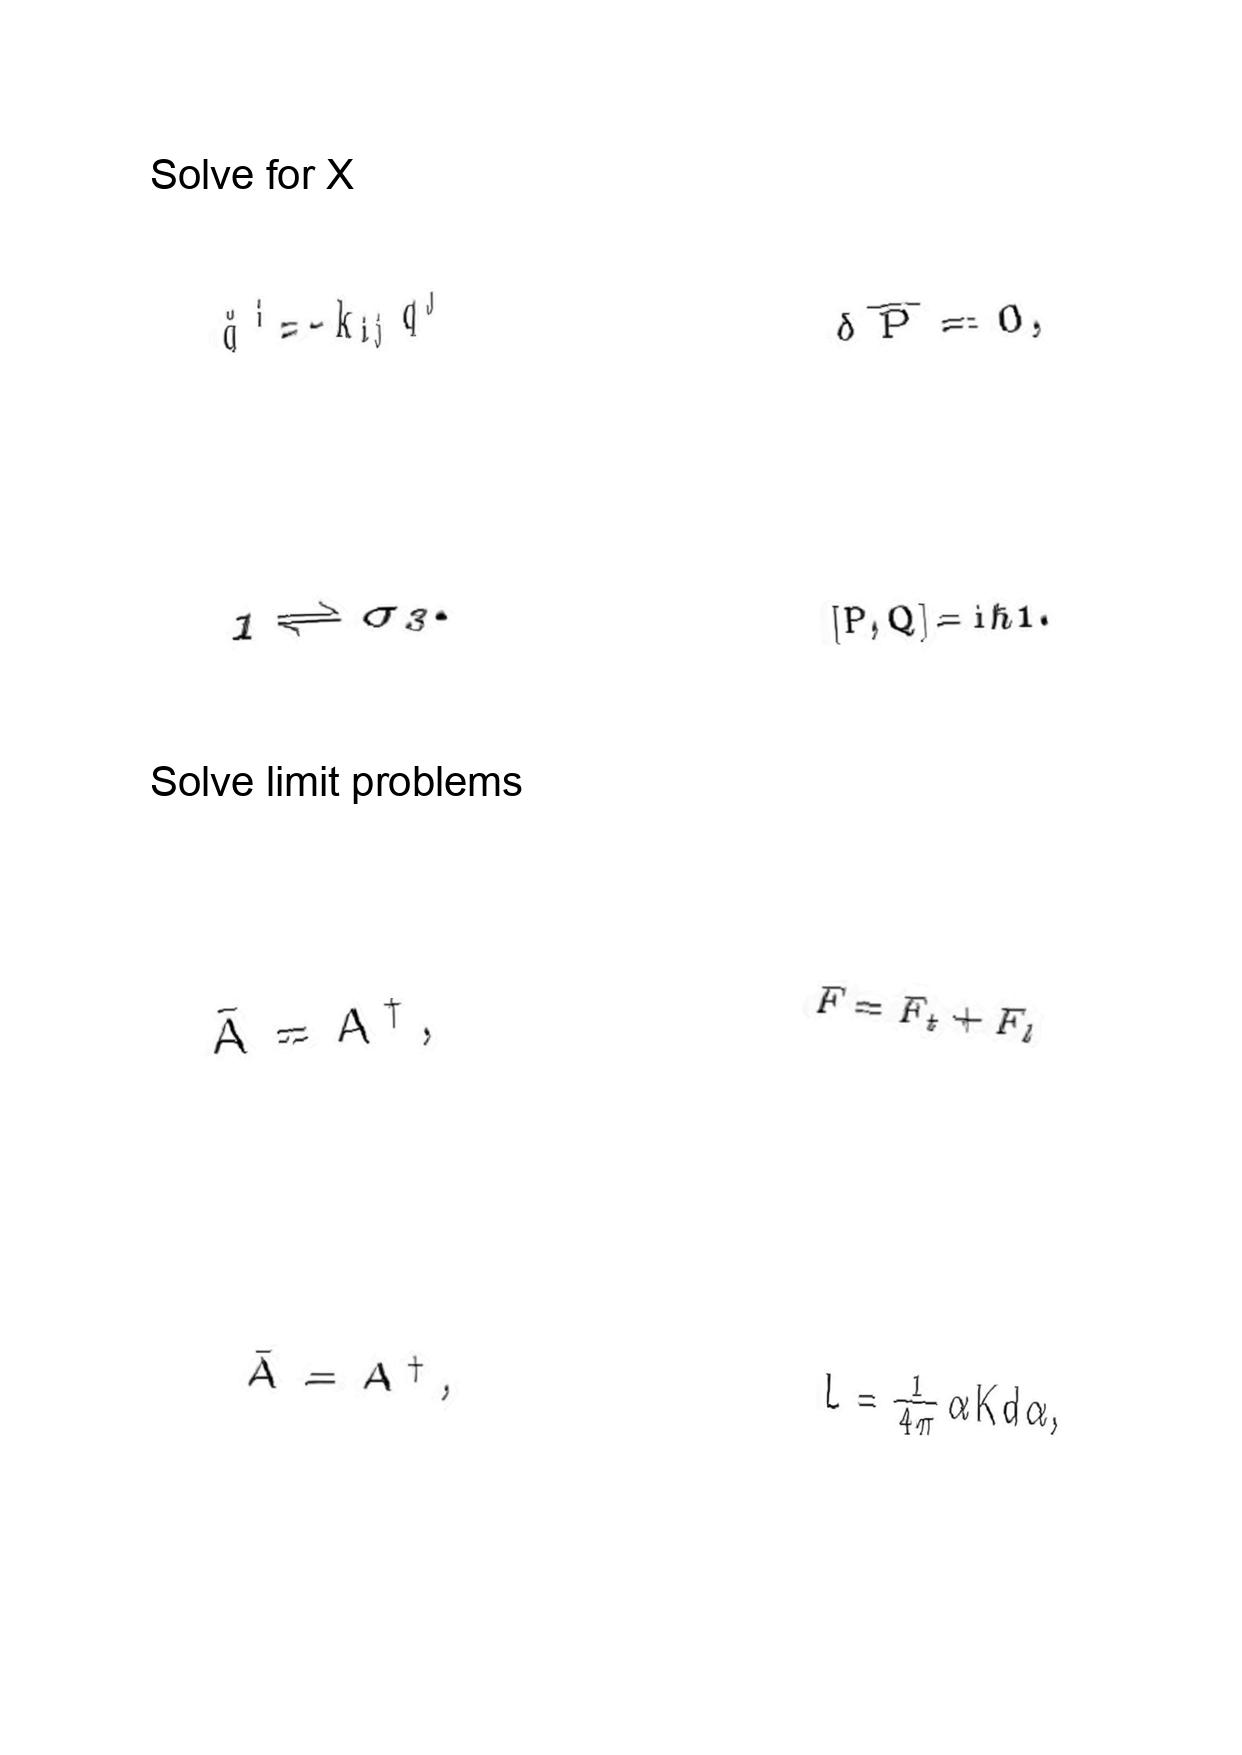
LaTeX transcription:
\ddot { q } ^ { i } = - k _ { i j } q ^ { j }
1 \rightleftharpoons \sigma _ { 3 } .
\bar { A } = A ^ { \dagger } ,
\bar { A } = A ^ { \dagger } ,
\delta \overline { P } = 0 ,
\lbrack P , Q \rbrack = \mathrm { i } \hbar 1 .
F = F _ { t } + F _ { l }
L = \frac { 1 } { 4 \pi } \alpha K d \alpha ,